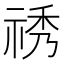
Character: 𥙾